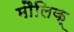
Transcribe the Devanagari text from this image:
मौलिक्